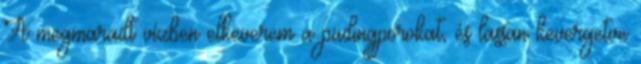
A megmaradt vízben elkeverem a pudingporokat, és lassan kevergetve